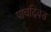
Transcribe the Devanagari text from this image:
पाचदिवस